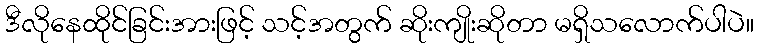
ဒီလိုနေထိုင်ခြင်းအားဖြင့် သင့်အတွက် ဆိုးကျိုးဆိုတာ မရှိသလောက်ပါပဲ။